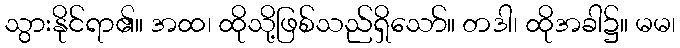
သွားနိုင်ရာ၏။ အထ၊ ထိုသို့ဖြစ်သည်ရှိသော်။ တဒါ၊ ထိုအခါ၌။ မမ၊